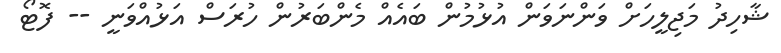
ޝާހިދު މަޖިލީހަށް ވަންނަވަން އުޅުމުން ބައެއް މެންބަރުން ހުރަސް އަޅުއްވަނީ -- ފޮޓޯ